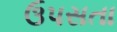
ઉપસતા